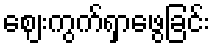
ဈေးကွက်ရှာဖွေခြင်း